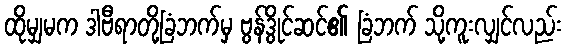
ထိုမျှမက ဒါဗီရာတို့ခြံဘက်မှ ဗွန်ဒွိုင်ဆင်၏ ခြံဘက် သို့ကူးလျှင်လည်း